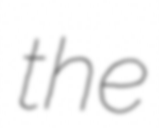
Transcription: the